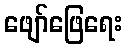
ဖျော်ဖြေရေး